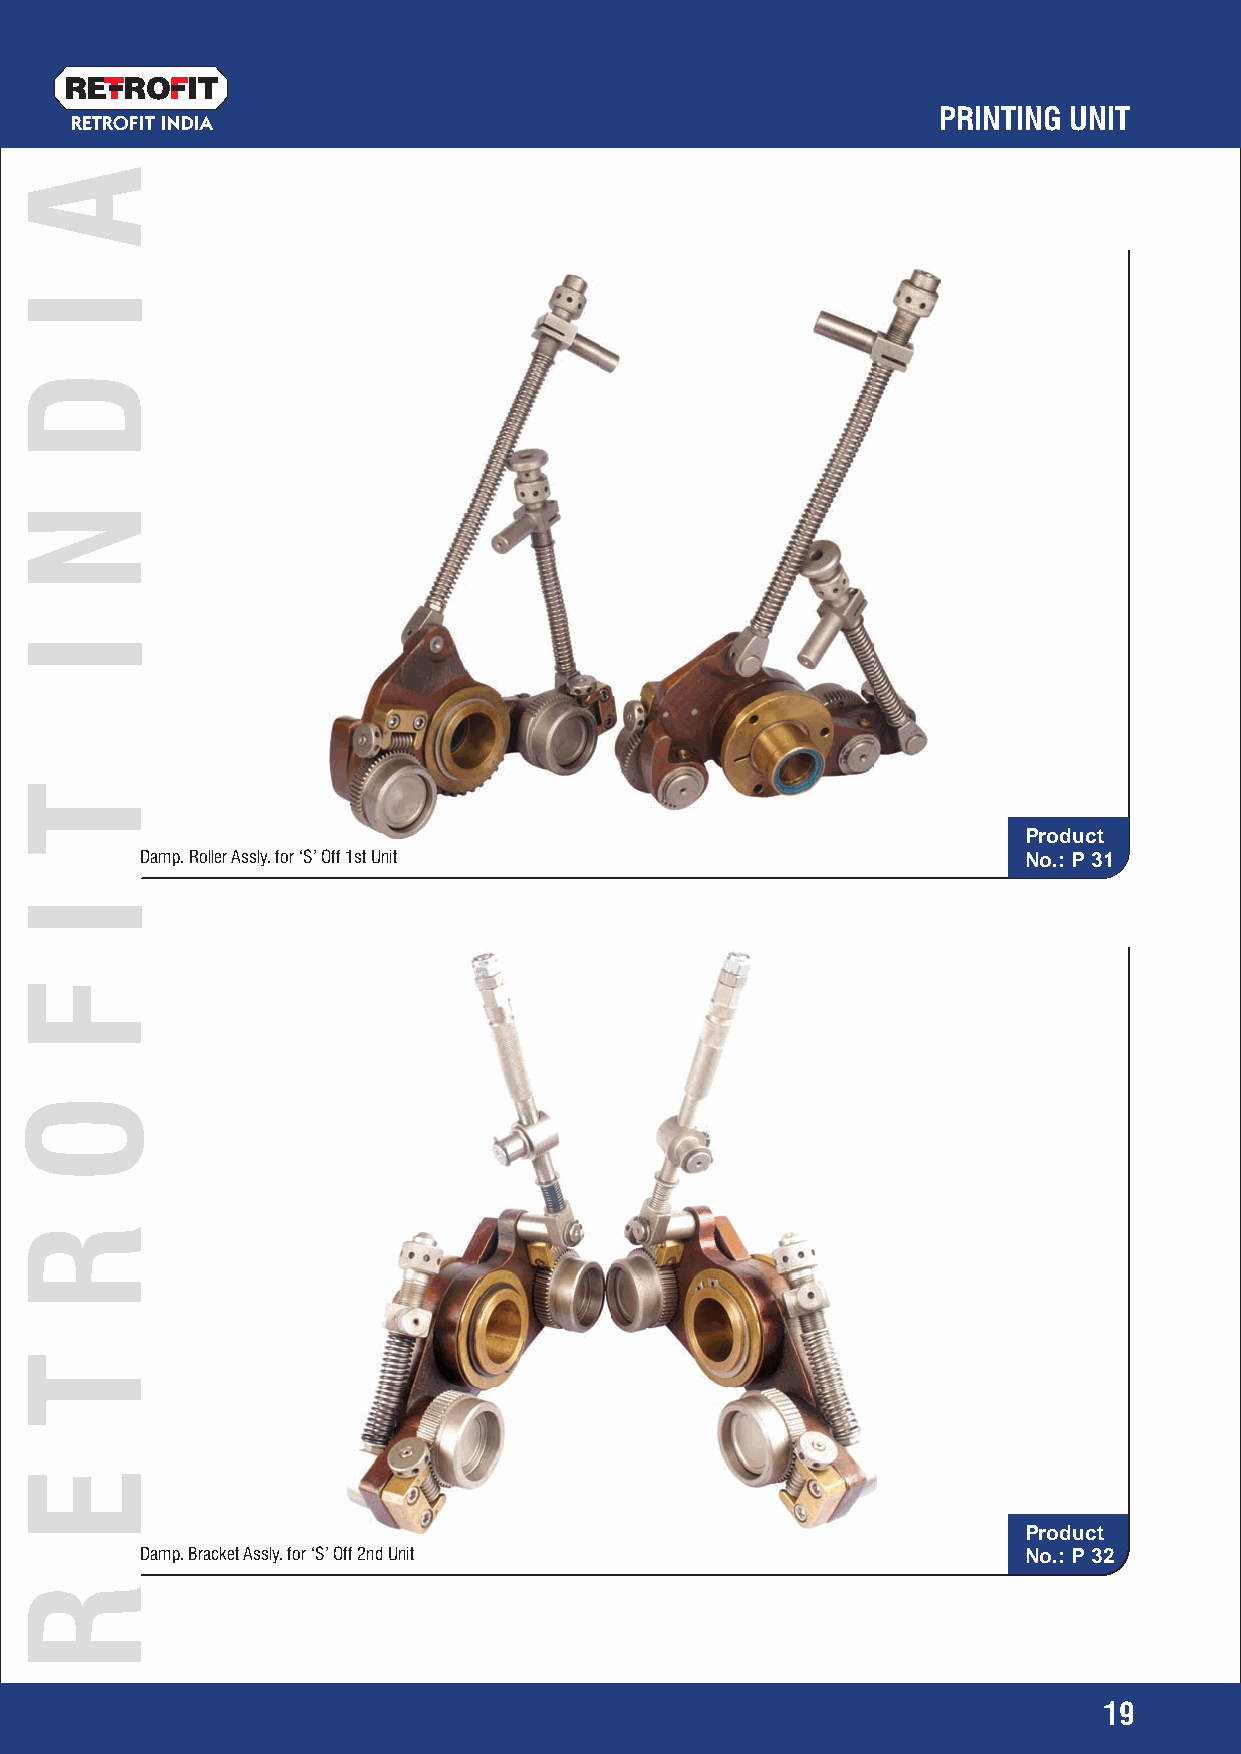
RETRO   IT
 PRINTING UNIT
 RETROFIT INDIA
 Product
 Damp. Roller Assly. for ‘S’ Off 1st Unit                   No.: P 31
 Product
 Damp. Bracket Assly. for ‘S’ Off 2nd Unit                  No.: P 32
 19
 A
 I
 D
 N
 I
 T
 I
 F
 O
 R
 T
 E
 R